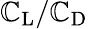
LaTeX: \mathbb{C}_{\mathrm{{{L}}}}/\mathbb{C}_{\mathrm{{D}}}